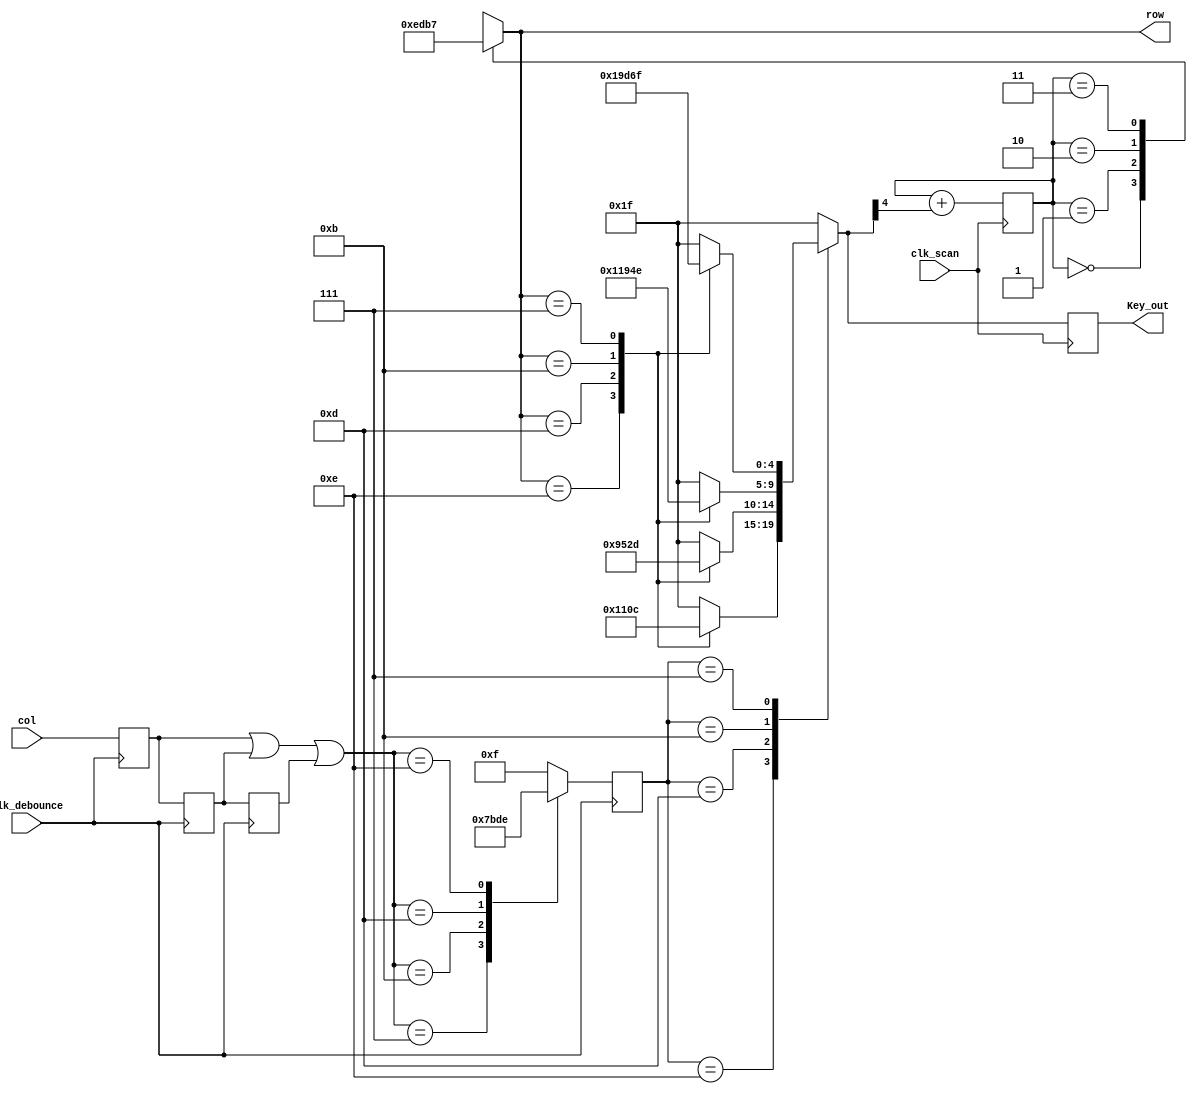
module Key_Scaner(clk_scan,
                  clk_debounce,
                  row,
                  col,
                  Key_out);
  input [3:0]col;
  input clk_scan,clk_debounce;  // key_scan:20Hz; key_debounce:200Hz;
  output [3:0]row;
  output[4:0]Key_out;
  
  wire [3:0]R;
  reg [3:0]col_debounced;
  reg [3:0]row;
  reg [4:0]key_value;
  reg [4:0]Key_out;
  
  reg [3:0]key_temp1,key_temp2,key_temp3;
  reg [1:0]count;
  
  always @( posedge clk_scan )
  begin
    Key_out <= key_value;
    count   <= count + key_value[4];
  end
  
  always @( count ) begin
    case( count )
      2'b00: row <= 4'b1110;
      2'b01: row <= 4'b1101;
      2'b10: row <= 4'b1011;
      2'b11: row <= 4'b0111;
    endcase
  end
  
  
  always @( posedge clk_debounce )begin
    key_temp1 <= col;
    key_temp2 <= key_temp1;
    key_temp3 <= key_temp2;
  end
  
  assign R = ( key_temp1 | key_temp2 | key_temp3 );
  
  always @( posedge clk_debounce )
    case( R )
      4'b0111: col_debounced <= 4'b0111;
      4'b1011: col_debounced <= 4'b1011;
      4'b1101: col_debounced <= 4'b1101;
      4'b1110: col_debounced <= 4'b1110;
      default: col_debounced <= 4'b1111;
    endcase
  
  always @( row or col_debounced )
    case( col_debounced )
      4'b1110:
      begin
        case( row )
          4'b1110: key_value = 5'd0;
          4'b1101: key_value = 5'd4;
          4'b1011: key_value = 5'd8;
          4'b0111: key_value = 5'd12;
          default: key_value = 5'd31;
        endcase
      end
      4'b1101:
      begin
        case( row )
          4'b1110: key_value = 5'd1;
          4'b1101: key_value = 5'd5;
          4'b1011: key_value = 5'd9;
          4'b0111: key_value = 5'd13;
          default: key_value = 5'd31;
        endcase
      end
      4'b1011:
      begin
        case( row )
          4'b1110: key_value = 5'd2;
          4'b1101: key_value = 5'd6;
          4'b1011: key_value = 5'd10;
          4'b0111: key_value = 5'd14;
          default: key_value = 5'd31;
        endcase
      end
      4'b0111:
      begin
        case( row )
          4'b1110: key_value = 5'd3;
          4'b1101: key_value = 5'd7;
          4'b1011: key_value = 5'd11;
          4'b0111: key_value = 5'd15;
          default: key_value = 5'd31;
        endcase
      end
      default: key_value = 5'd31;
    endcase
  
endmodule

/*
Verilog(Key_Scaner)Key_out(clk_scan, clk_debounce, col, key_out)(rowkey_out)clk_scanclk_debouncecolrowkey_out

clk_scanalwayskey_valueKey_outcountkey_value[4]key_value[4]10
always @(count)countrowcount00row1110count01row1101count10row1011count11row0111
clk_debouncealwayscolkey_temp1key_temp2key_temp3Rcol_debounced
rowcol_debouncedkey_valuecol_debounced1110rowkey_valuerow1110key_value0row1101key_value4col_debouncedkey_value31


*/